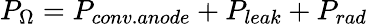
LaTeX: P_{\Omega}=P_{conv.anode}+P_{leak}+P_{rad}